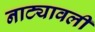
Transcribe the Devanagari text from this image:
नाट्यावली